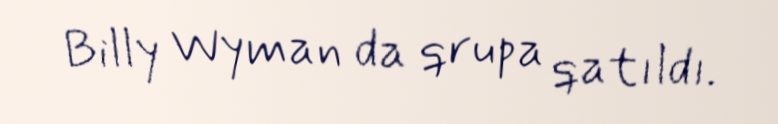
Billy Wyman da qrupa qatıldı.